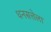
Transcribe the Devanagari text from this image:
धनसत्तेला